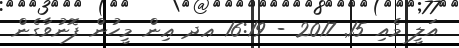
އަލީ މެއި 15